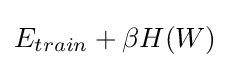
E_{train}+\beta H(W)